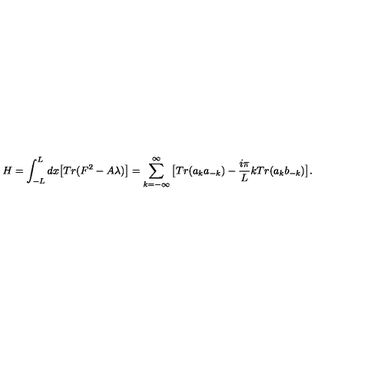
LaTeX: H = \int _ { - L } ^ { L } d x \big [ T r ( F ^ { 2 } - A \lambda ) \big ] = \sum _ { k = - \infty } ^ { \infty } \big [ T r ( a _ { k } a _ { - k } ) - { \frac { i \pi } { L } } k T r ( a _ { k } b _ { - k } ) \big ] .